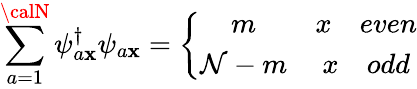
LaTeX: \sum_{a=1}^{\calN}\psi_{a\mathbf{x}}^{\dagger}\psi_{a\mathbf{x}}=\left\{ \begin{array}{cc}{{m}}&{{x\quad even}}\\ {{{\cal N}-m}}&{{x\quad odd}}\end{array}\right.